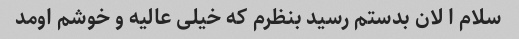
سلام ا لان بدستم رسید بنظرم که خیلی عالیه و خوشم اومد